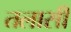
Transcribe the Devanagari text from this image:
तलासी